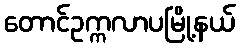
တောင်ဥက္ကလာပမြို့နယ်